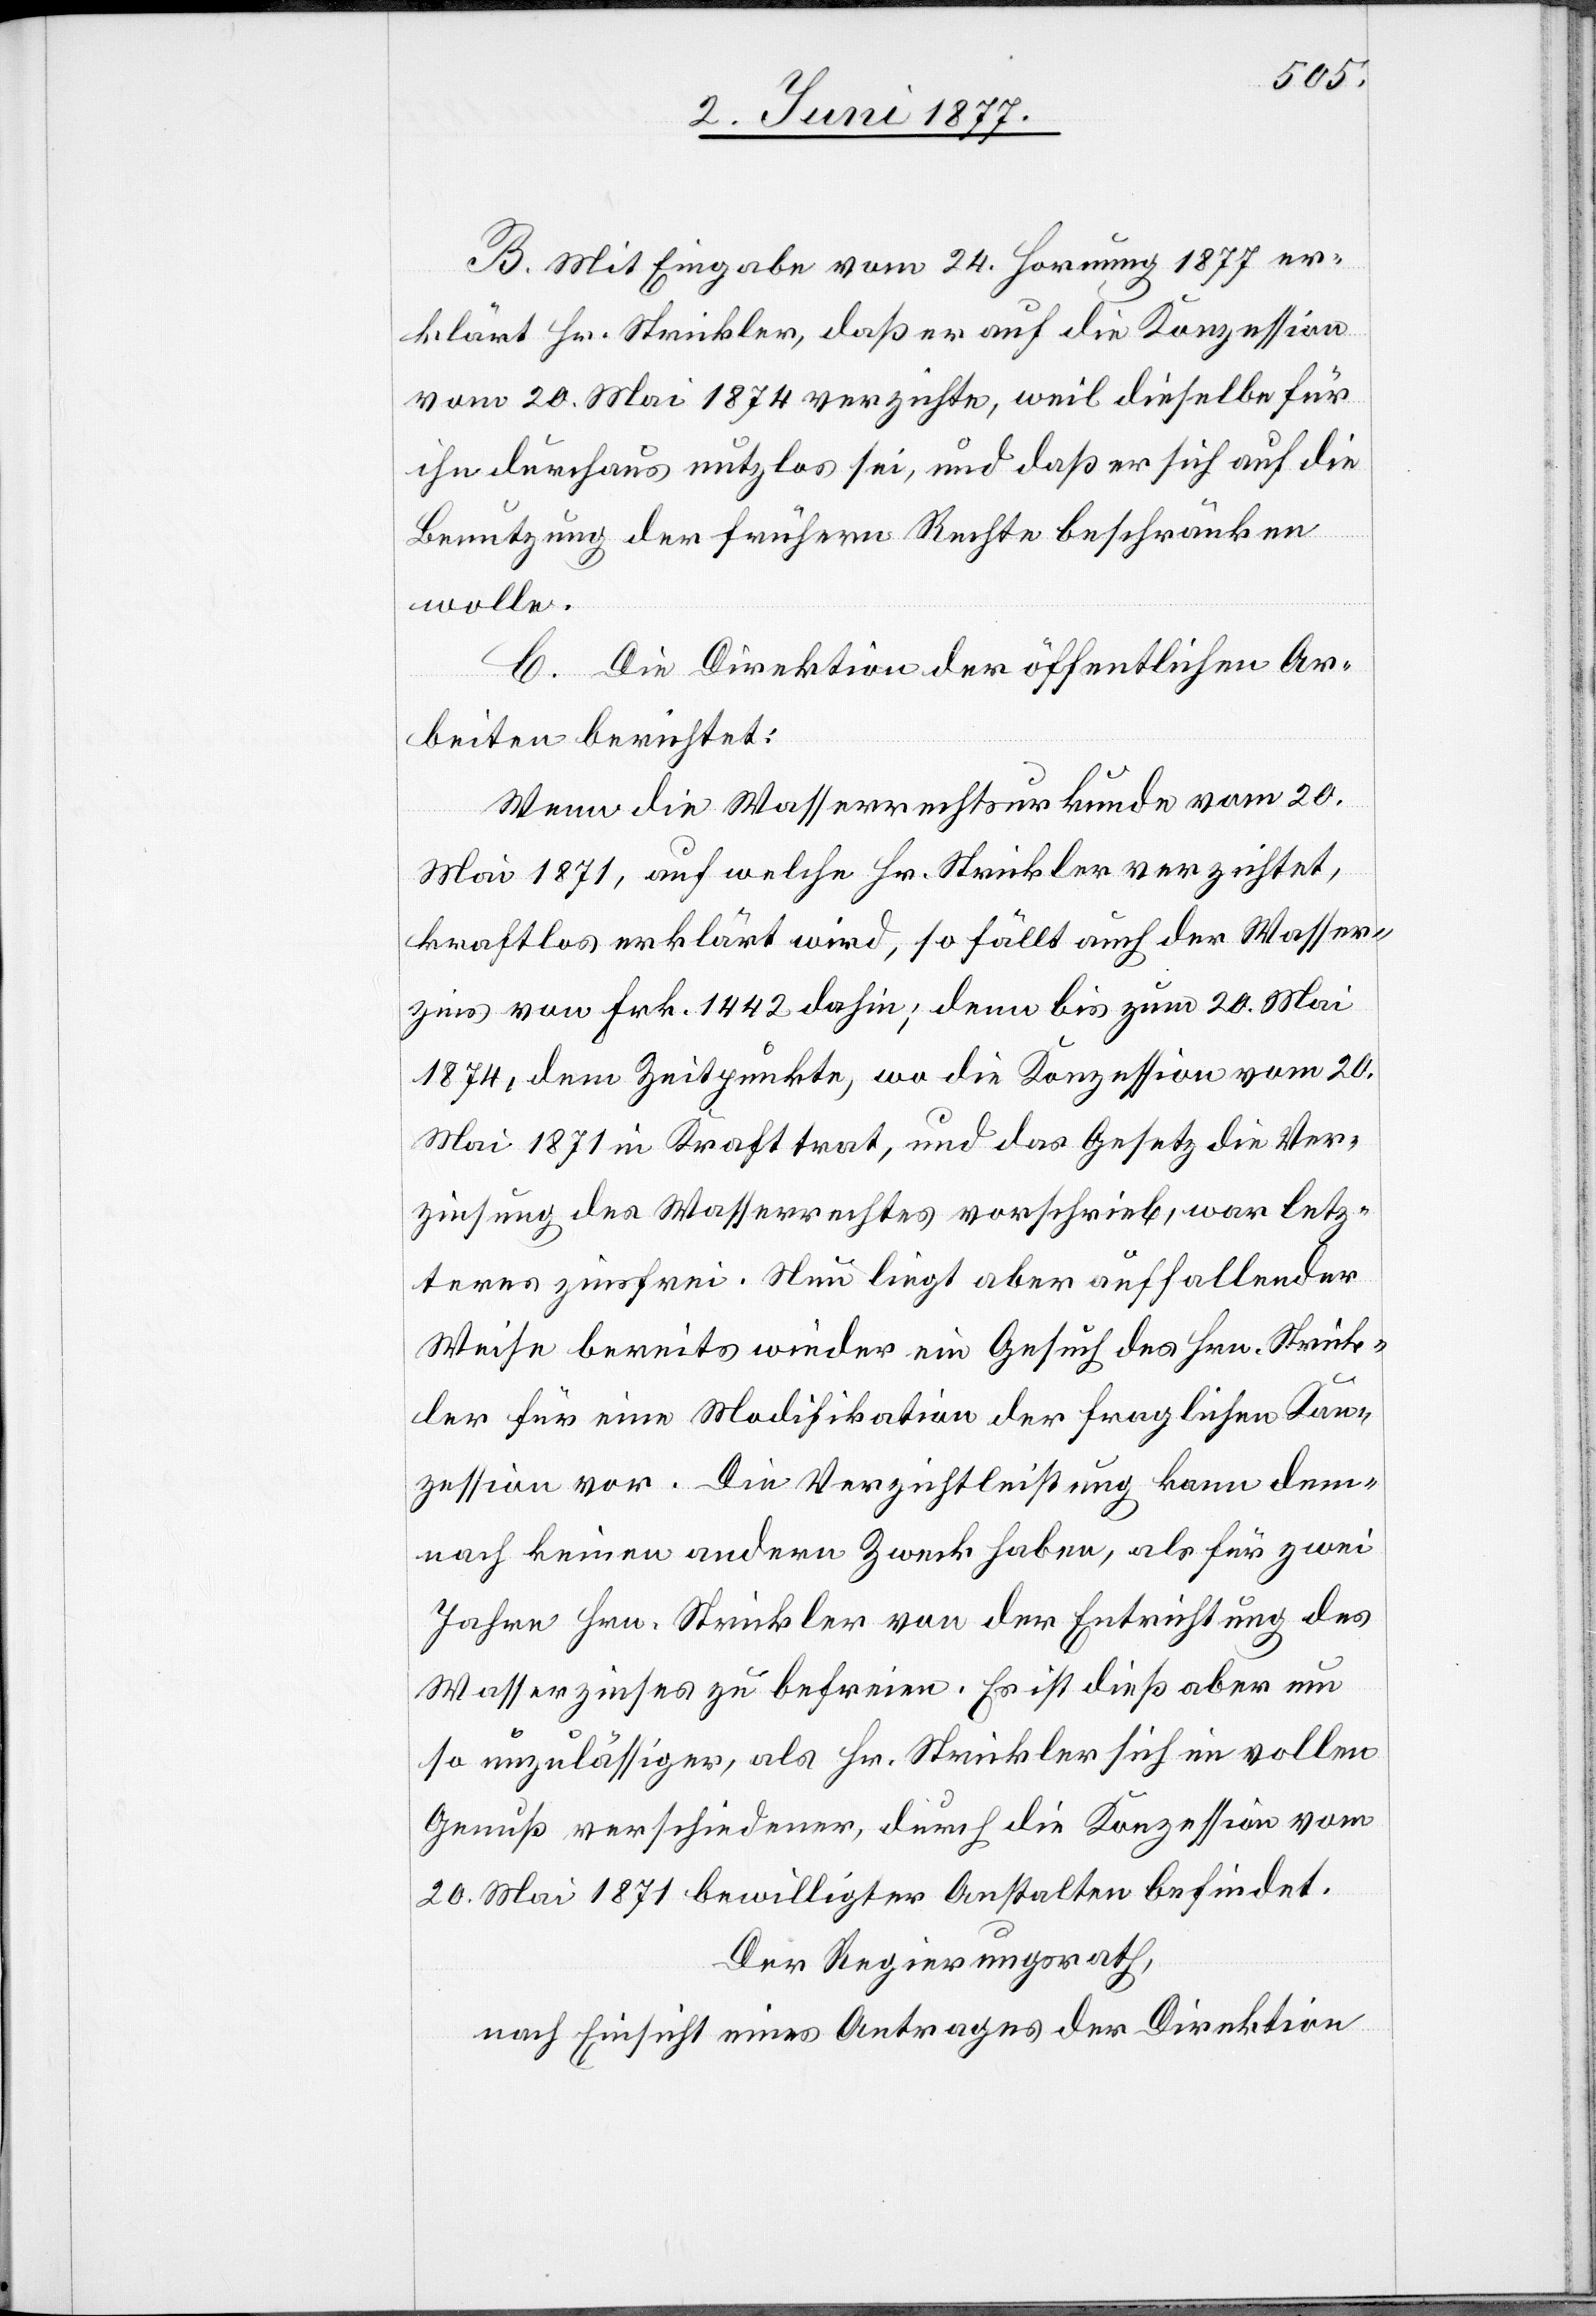
B. Mit Eingabe vom 24. Hornung 1877 er¬
klärt Hr. Strickler, daß er auf die Konzession
vom 20. Mai 1874 [sic!] verzichte, weil dieselbe für
ihn durchaus nutzlos sei, und daß er sich auf die
Benutzung der frühern Rechte beschränken
wolle.
C. Die Direktion der öffentlichen Ar¬
beiten berichtet:
Wenn die Wasserrechtsurkunde vom 20.
Mai 1871, auf welche Hr. Strickler verzichtet,
kraftlos erklärt wird, so fällt auch der Wasser¬
zins von Frk. 1442 dahin; denn bis zum 20. Mai
1874, dem Zeitpunkte, wo die Konzession vom 20.
Mai 1871 in Kraft trat, und das Gesetz die Ver¬
zinsung des Wasserrechtes vorschrieb, war letz¬
teres zinsfrei. Nun liegt aber auffallender
Weise bereits wieder ein Gesuch des Hrn. Strick¬
ler für eine Modifikation der fraglichen Kon¬
zession vor. Die Verzichtleistung kann dem¬
nach keinen andern Zweck haben, als für zwei
Jahre Hrn. Strickler von der Entrichtung des
Wasserzinses zu befreien. Es ist dieß aber um
so unzulässiger, als Hr. Strickler sich im vollen
Genuß verschiedener, durch die Konzession vom
20. Mai 1871 bewilligter Anstalten befindet.
Der Regierungsrath,
nach Einsicht eines Antrages der Direktion